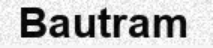
Bautram